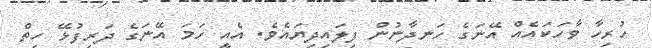
ހުރިހާ ވާހަކައެއް އޭނަގެ ހަނދާނުން ފިލައިދިޔައެވެ. އެއީ ހަމަ އޭނަގެ ދަރިފުޅޭ ހިތް